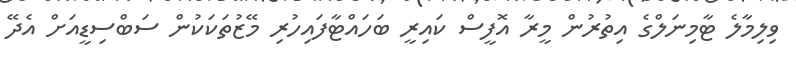
ވިލިމާލެ ޓާމިނަލްގެ އިތުރުން މީރާ އޮފީސް ކައިރީ ބަހައްޓާފައިހުރި މޭޒުތަކަކުން ސަބްސިޑީއަށް އެދޭ